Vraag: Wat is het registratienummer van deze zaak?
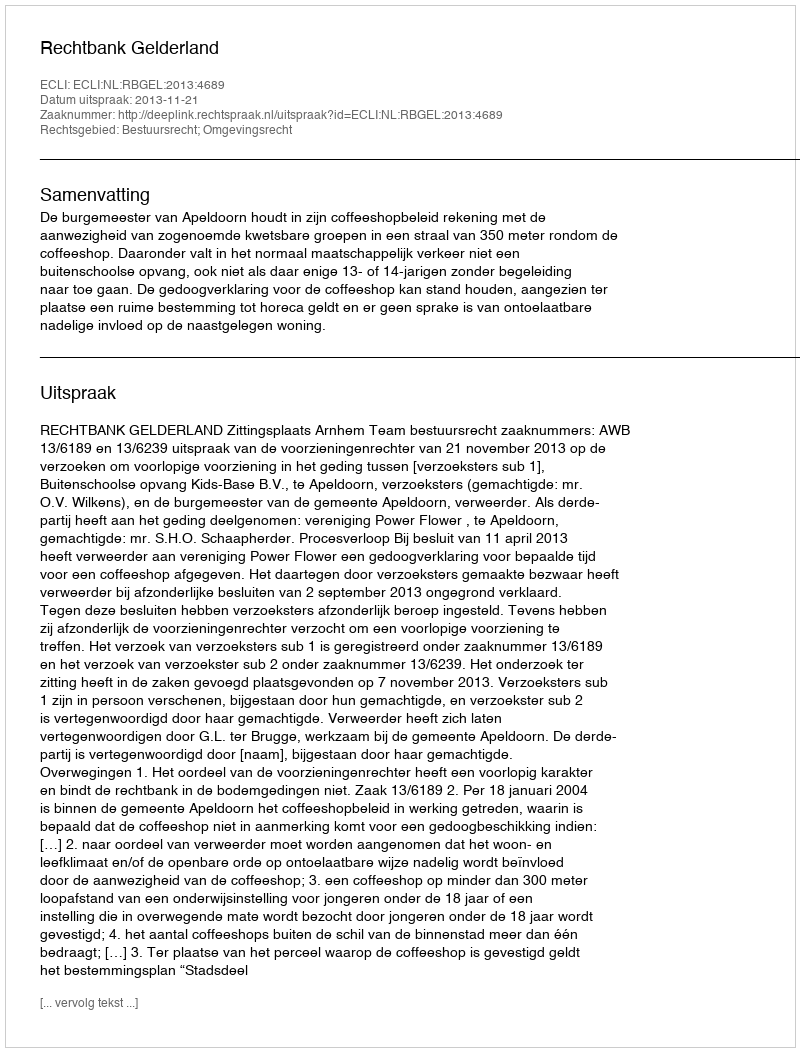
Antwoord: http://deeplink.rechtspraak.nl/uitspraak?id=ECLI:NL:RBGEL:2013:4689